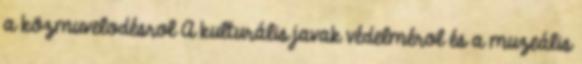
a közmuvelodésrol A kulturális javak védelmérol és a muzeális